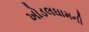
ખોડલઘામની